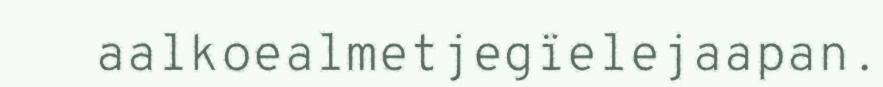
aalkoealmetjegïelejaapan.